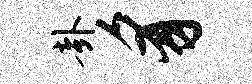
卦豸